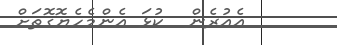
އެއުރެން  ކުޅަ އެންމެހެޔޮގޮތަށް